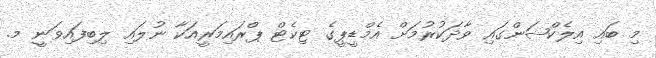
މި ބައި އިލެކްޝަންގައި ވާދަކުރުމަށް އެމްޑީޕީގެ ޓިކެޓް ޕްރައިމަރީއަކާ ނުލައި ލިބިފައިވަނީ މ.